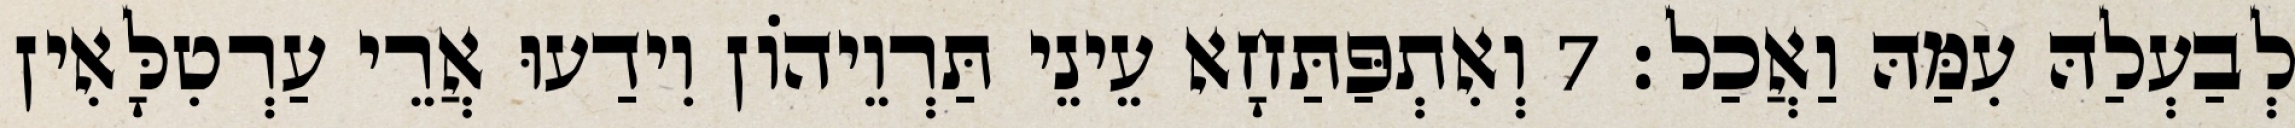
לְבַעְלַהּ עִמַּהּ וַאֲכַל׃ 7 וְאִתְפַּתַּחָא עֵינֵי תַּרְוֵיהוֹן וִידַעוּ אֲרֵי עַרְטִלָּאִין